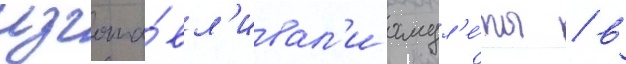
изгота́вл'ивал'и амул'е́ты / в